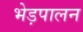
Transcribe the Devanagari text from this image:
भेड़पालन